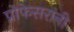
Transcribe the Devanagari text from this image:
प्रोफेसरांनी